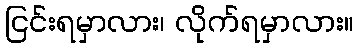
ငြင်းရမှာလား၊ လိုက်ရမှာလား။